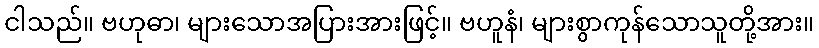
ငါသည်။ ဗဟုဓာ၊ များသောအပြားအားဖြင့်။ ဗဟူနံ၊ များစွာကုန်သောသူတို့အား။